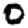
Digit: 0